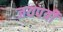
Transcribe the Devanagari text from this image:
जयपत्री